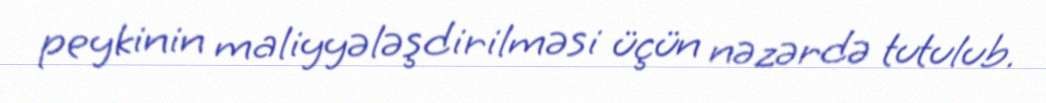
peykinin maliyyələşdirilməsi üçün nəzərdə tutulub.